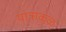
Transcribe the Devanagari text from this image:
यात्राकळ्